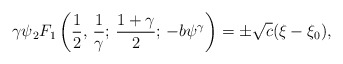
\begin{align*}\gamma\psi{_{2}F_{1}}\left({1\over2},\,{1\over\gamma};\,{{1+\gamma}\over2};\,-b\psi^\gamma\right)=\pm\sqrt{c}(\xi-\xi_0),\end{align*}